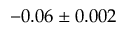
- 0 . 0 6 \pm 0 . 0 0 2